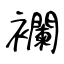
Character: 襴